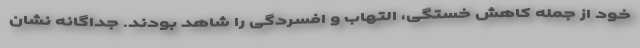
خود از جمله کاهش خستگی، التهاب و افسردگی را شاهد بودند. جداگانه نشان